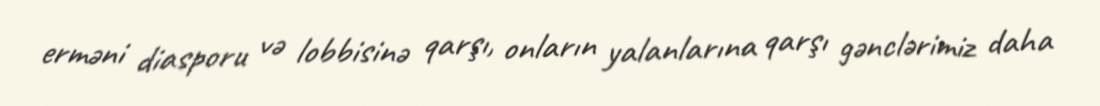
erməni diasporu və lobbisinə qarşı, onların yalanlarına qarşı gənclərimiz daha